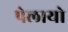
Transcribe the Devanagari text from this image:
पेलायो